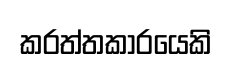
කරත්තකාරයෙකි